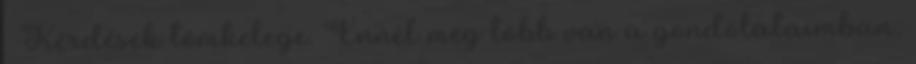
– Kérdések tömkelege. Ennél még több van a gondolataimban,